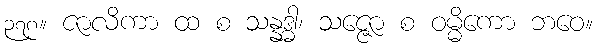
၃၇၈။ ဇာလိကာ ထ စ သန္နဒ္ဓါ၊ သဇ္ဇော စ ဝမ္မိကော ဘဝေ။